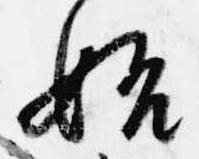
始